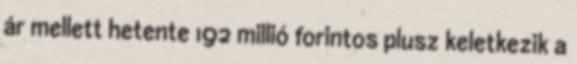
ár mellett hetente 192 millió forintos plusz keletkezik a